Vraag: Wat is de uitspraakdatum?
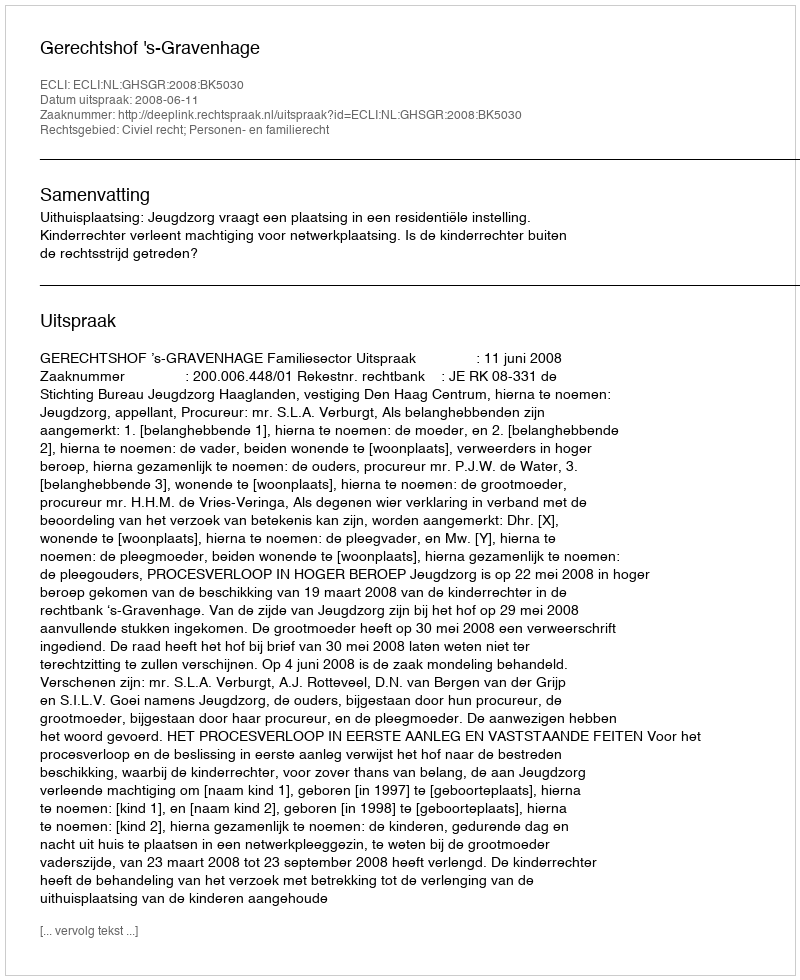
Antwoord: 2008-06-11